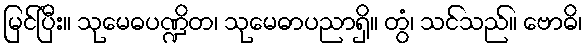
မြင်ပြီး။ သုမေဓပဏ္ဍိတ၊ သုမေဓာပညာရှိ။ တွံ၊ သင်သည်။ ဗောဓိ၊